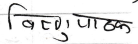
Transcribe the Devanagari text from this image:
बिल्लु पाठक